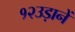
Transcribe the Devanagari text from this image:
१२उड़ानें